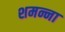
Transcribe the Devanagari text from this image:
शमन्ना